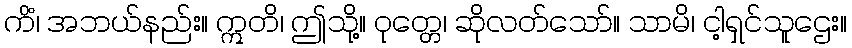
ကိံ၊ အဘယ်နည်း။ ဣတိ၊ ဤသို့။ ဝုတ္တေ၊ ဆိုလတ်သော်။ သာမိ၊ ငါ့ရှင်သူဌေး။